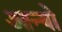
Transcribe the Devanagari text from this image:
आन्‍यो